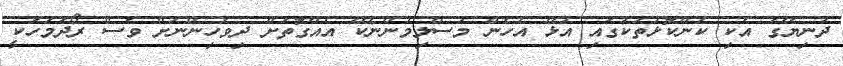
ދުނިޔޭގެ އެކި ކަންކޮޅުތަކުގައި އުޅޭ އެހެން މުސްލިމުންނެކޭ އެއްގޮތަށް ދިވެހިންނަށް ވެސް ރޯދަމަހަކީ